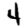
Digit: 4